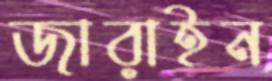
জারাইন